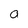
Character: a